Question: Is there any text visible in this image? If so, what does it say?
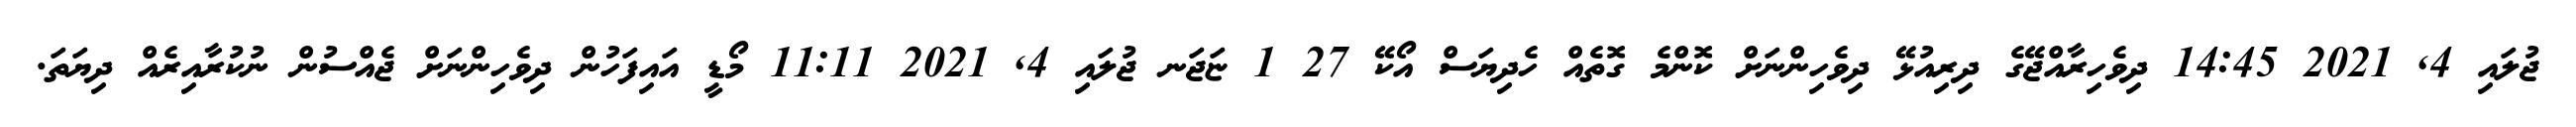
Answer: ޖުލައި 4, 2021 14:45 ދިވެހިރާއްޖޭގެ ދިރިއުޅޭ ދިވެހިންނަށް ކޮންމެ ގޮތެއް ހެދިޔަސް އޯކޭ 27 1 ޏަޖަނ ޖުލައި 4, 2021 11:11 މޯޑީ އައިފަހުން ދިވެހިންނަށް ޖެއްސުން ނުކުރާއިރެއް ދިޔަތަ.